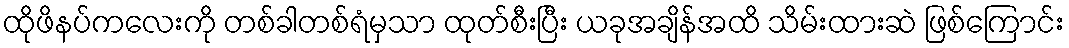
ထိုဖိနပ်ကလေးကို တစ်ခါတစ်ရံမှသာ ထုတ်စီးပြီး ယခုအချိန်အထိ သိမ်းထားဆဲ ဖြစ်ကြောင်း